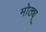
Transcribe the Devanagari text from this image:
मोठ्य्